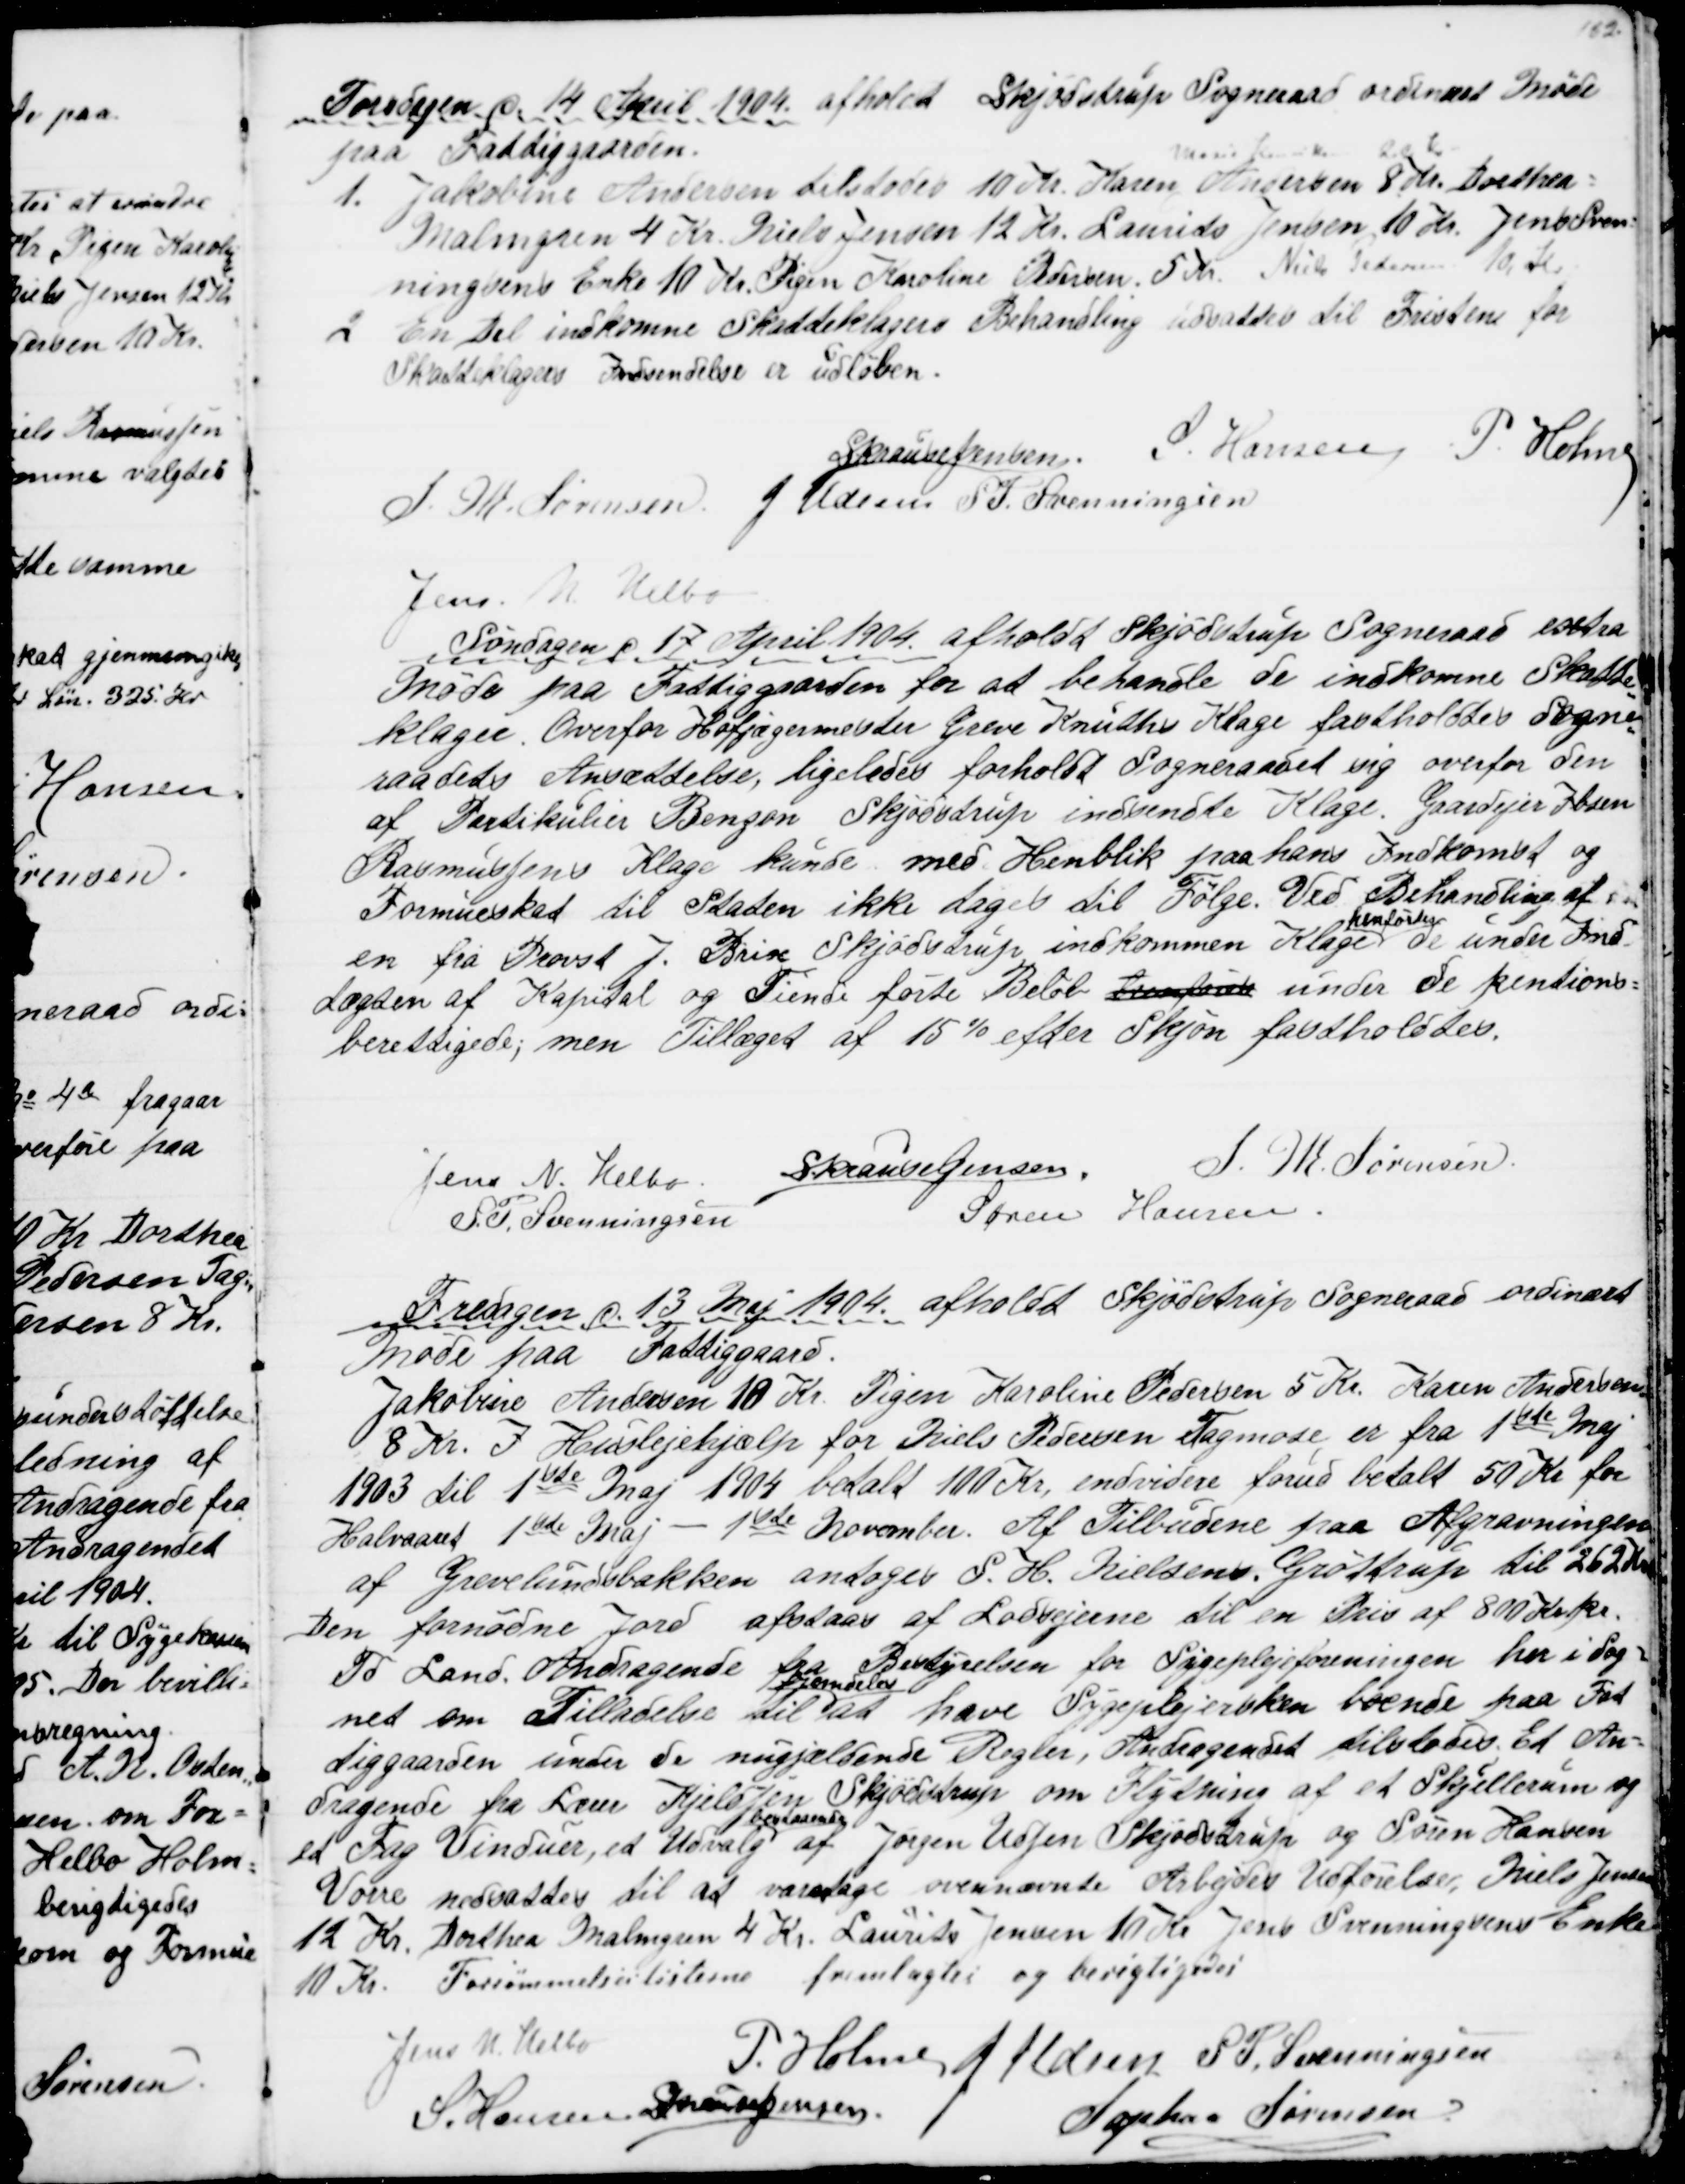
Transskription:
Torsdagen d. 14 April 1904 afholdt Skjødstrup Sogneraad ordinært Møde
paa Fattiggaarden.
1. Jakobine Andersen tilstodes 10 Kr. Karen Andersen 8 Kr
Marie Henriksen 20 Kr
Dorthea
Malmgren 4 Kr. Niels Jensen 12 Kr. Laurids Jensen 10 Kr. Jens Sven=
ningsens Enke 10 Kr. Pigen Karoline Pedersen 5 Kr. Niels Pedersen  10 Kr.
2
En Del indkomne Skatteklagers Behandling udsattes til Fristen for
Skatteklagers Indsendelse er udløben.
S Krause Jensen.
S. Hansen P. Holme
S. M. Sørensen J. Udsen S. P. Svenningsen
Jens. M. Helbo
Søndagen d. 17 April 1904 afholdt Skjødstrup Sogneraad extra
Møde paa Fattiggaarden for at behandle de indkomne Skatte
=
klager. Overfor Hofjægermester Greve Knuths Klage fastholdtes Sogne
=
raadets Ansættelse, ligeledes forholdt Sogneraadet sig overfor den
af Partikulier Benzon, Skjødstrup indsendte Klage. Gaardejer Ibsen
Rasmussens Klage kunde med Henblik paa hans Indkomst og
Formueskat til Staten ikke tages til Følge. Ved Behandling af 
en fra Provst J. Brix Skjødstrup indkommen Klage 
henførtes
de under Ind-
Lægten af Kapital og Tiende førte Beløb henførte under de pentions=
berettigede; men Tillæget af 15 % efter Skjøn fastholdtes.
Jens N. Helbo
S Krause Jensen.
S. M. Sørensen
S. P. Svenningsen
Søren Hansen.
Fredagen d. 13 Maj 1904 afholdt Skjødstrup Sogneraad ordinært
Møde paa Fattiggaard.
Jakobine Andersen 10 Kr. Pigen Karoline Pedersen 5 Kr. Karen Andersen
8 Kr. I Huslejehjælp for Niels Pedersen Tagmose er fra 1ste Maj
1903 til 1ste Maj 1904 betalt 100 Kr. endvidere forud betalt 50 Kr for
Halvaaret 1ste Maj - 1ste November. Af Tilbudene paa Afgravningen
af Grevelundsbakken antoges S. H. Nielsens. Grøttrup til 262 Kr
Den fornødne Jord afstaas af Lodsejerne til en Pris af 800 Kr pr.
Td Land. Andragende fra Bestyrelsen for Sygeplejeforeningen her i Sog=
net om Tilladelse til 
fremdeles
at have Sygeplejersken boende paa Fat
tiggaarden under de nugjældende Regler, Andragendet tilstodes. Et An=
dragende fra Lærer Kjeldsen Skjødstrup om Flytning af et Skjillerum og
et Fag Vinduer, et Udvalg 
bestaaende
af Jørgen Udsen Skjødstrup og Søren Hansen
Vorre nedsattes til at varetage ovennævnte Arbejdes Udførelse, Niels Jensen
12 Kr. Dorthea Malmgren 4 Kr. Laurits Jensen 10 Kr. Jens Svenningsens Enke
10 Kr.
Forsømmelseslisterne fremlagtes og berigtigedes
Jens N. Helbo
P. Holme J. Udsen S. P. Svenningsen
S. Hansen S Krause Jensen
Sophus Sørensen